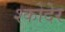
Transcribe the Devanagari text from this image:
श्कोदेर